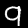
Label: 9